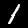
Digit: 1